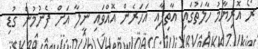
ރޯ އޮރިޔާމު ހާލަތުގައި އާތިފާއި އަހަރެން އޮއްވައި ނީލާ އަށް ފެނުމުން ގުޑި